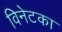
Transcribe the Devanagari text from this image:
विनेटका